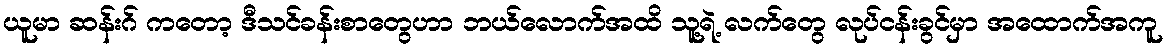
ယူမာ ဆန်းဂ် ကတော့ ဒီသင်ခန်းစာတွေဟာ ဘယ်လောက်အထိ သူ့ရဲ့ လက်တွေ လုပ်ငန်းခွင်မှာ အထောက်အကူ